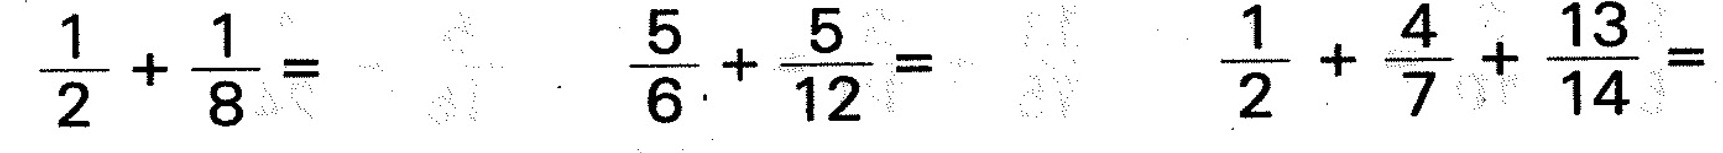
$$\frac { 1 } { 2 } + \frac { 1 } { 8 } =$$ $$\frac { 5 } { 6 } + \frac { 5 } { 1 2 } =$$ $$\frac { 1 } { 2 } + \frac { 4 } { 7 } + \frac { 1 3 } { 1 4 } =$$